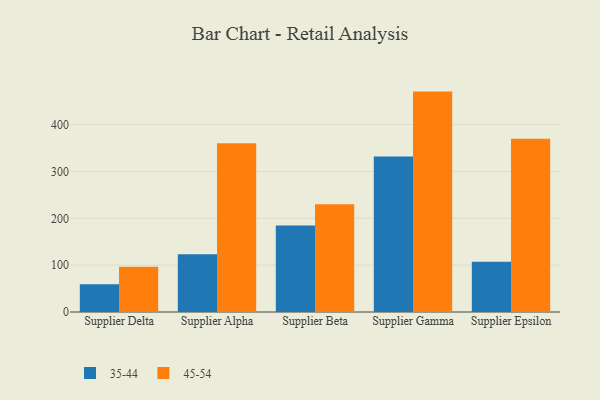
{"axis": {"x": "Supplier", "y": "Page Views"}, "legend": ["35-44", "45-54"], "data": [{"x": "Supplier Delta", "y": 59.2, "type": "35-44"}, {"x": "Supplier Delta", "y": 96.8, "type": "45-54"}, {"x": "Supplier Alpha", "y": 123.3, "type": "35-44"}, {"x": "Supplier Alpha", "y": 360.2, "type": "45-54"}, {"x": "Supplier Beta", "y": 184.9, "type": "35-44"}, {"x": "Supplier Beta", "y": 230.1, "type": "45-54"}, {"x": "Supplier Gamma", "y": 331.9, "type": "35-44"}, {"x": "Supplier Gamma", "y": 470.5, "type": "45-54"}, {"x": "Supplier Epsilon", "y": 107.2, "type": "35-44"}, {"x": "Supplier Epsilon", "y": 369.8, "type": "45-54"}]}